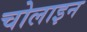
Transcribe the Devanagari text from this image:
चोलाइन